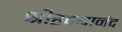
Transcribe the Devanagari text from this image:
श्रीहृदयानंद